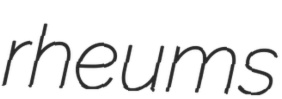
rheums